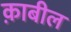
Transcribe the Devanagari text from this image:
क़ाबील